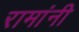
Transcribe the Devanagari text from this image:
रामांनी